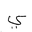
Letter: _ya